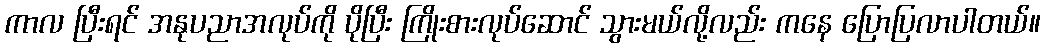
ကာလ ပြီးရင် အနုပညာအလုပ်ကို ပိုပြီး ကြိုးစားလုပ်ဆောင် သွားမယ်လို့လည်း ကနေ ပြောပြလာပါတယ်။